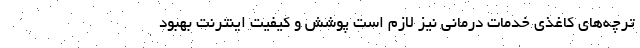
ترچه‌های کاغذی خدمات درمانی نیز لازم است پوشش و کیفیت اینترنت بهبود